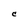
Character: C